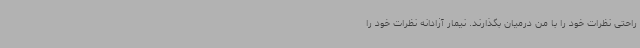
راحتی نظرات خود را با من درمیان بگذارند. نیمار آزادانه نظرات خود را